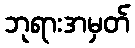
ဘုရားအမှတ်